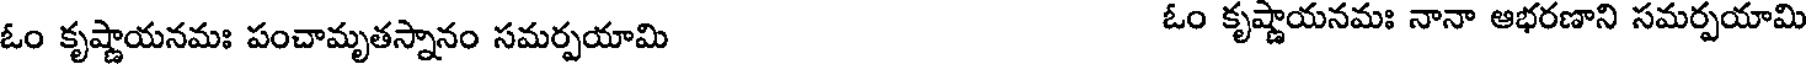
ఓం కృష్ణాయనమః పంచామృతస్నానం సమర్పయామి ఓం కృష్ణాయనమః నానా ఆభరణాని సమర్పయామి